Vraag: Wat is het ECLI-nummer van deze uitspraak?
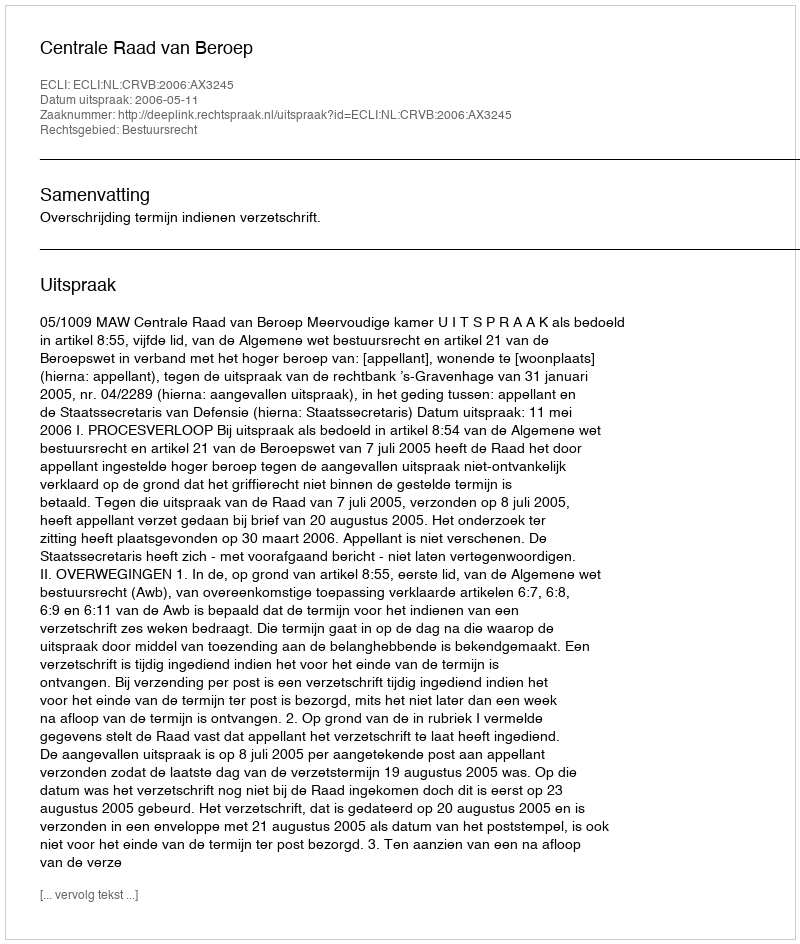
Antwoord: ECLI:NL:CRVB:2006:AX3245